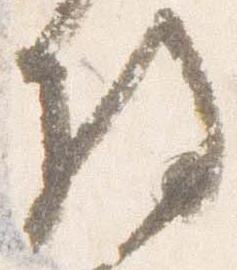
将